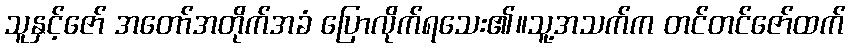
သူနှင့်ဇော် အတော်အတိုက်အခံ ပြောလိုက်ရသေး၏။သူ့အသက်က တင်တင်ဇော်ထက်